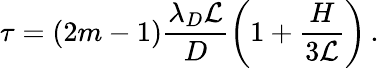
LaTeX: \tau=(2m-1)\frac{\lambda_{D}\mathcal{L}}{D}\left(1+\frac{H}{3\mathcal{L}}\right)\, .